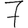
Digit: 7